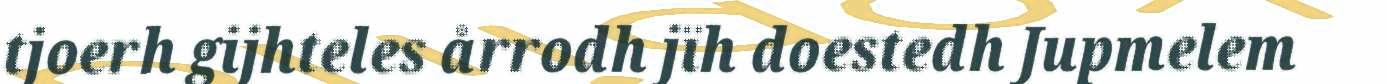
tjoerh gijhteles årrodh jïh doestedh Jupmelem